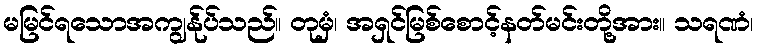
မမြင်ရသောအကျွန်ုပ်သည်။ တုမှံ၊ အရှင်မြစ်စောင့်နတ်မင်းတို့အား။ သရဏံ၊